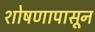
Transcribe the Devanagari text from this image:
शोषणापासून